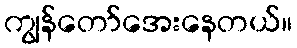
ကျွန်တော်အေးနေတယ်။